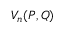
V _ { n } ( P , Q )